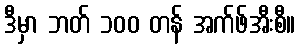
ဒီမှာ ဘတ် ၁၀၀ တန် အက်ဖ်အီးစီ။